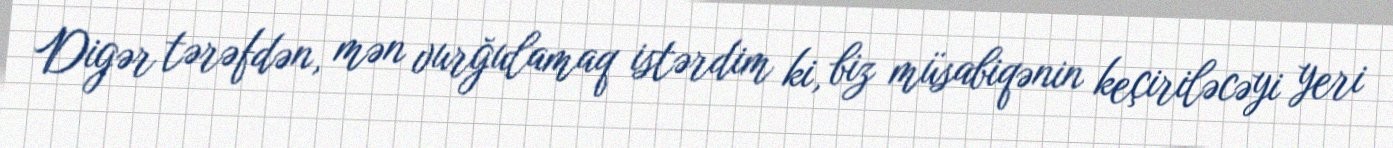
Digər tərəfdən, mən vurğulamaq istərdim ki, biz müsabiqənin keçiriləcəyi yeri